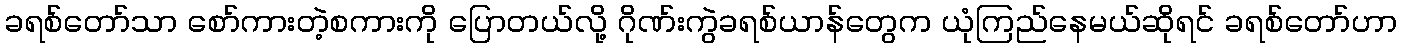
ခရစ်တော်သာ စော်ကားတဲ့စကားကို ပြောတယ်လို့ ဂိုဏ်းကွဲခရစ်ယာန်တွေက ယုံကြည်နေမယ်ဆိုရင် ခရစ်တော်ဟာ